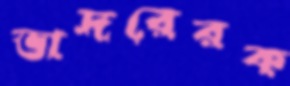
ভাদরেরক